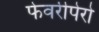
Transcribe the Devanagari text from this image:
फेवरीपेरो